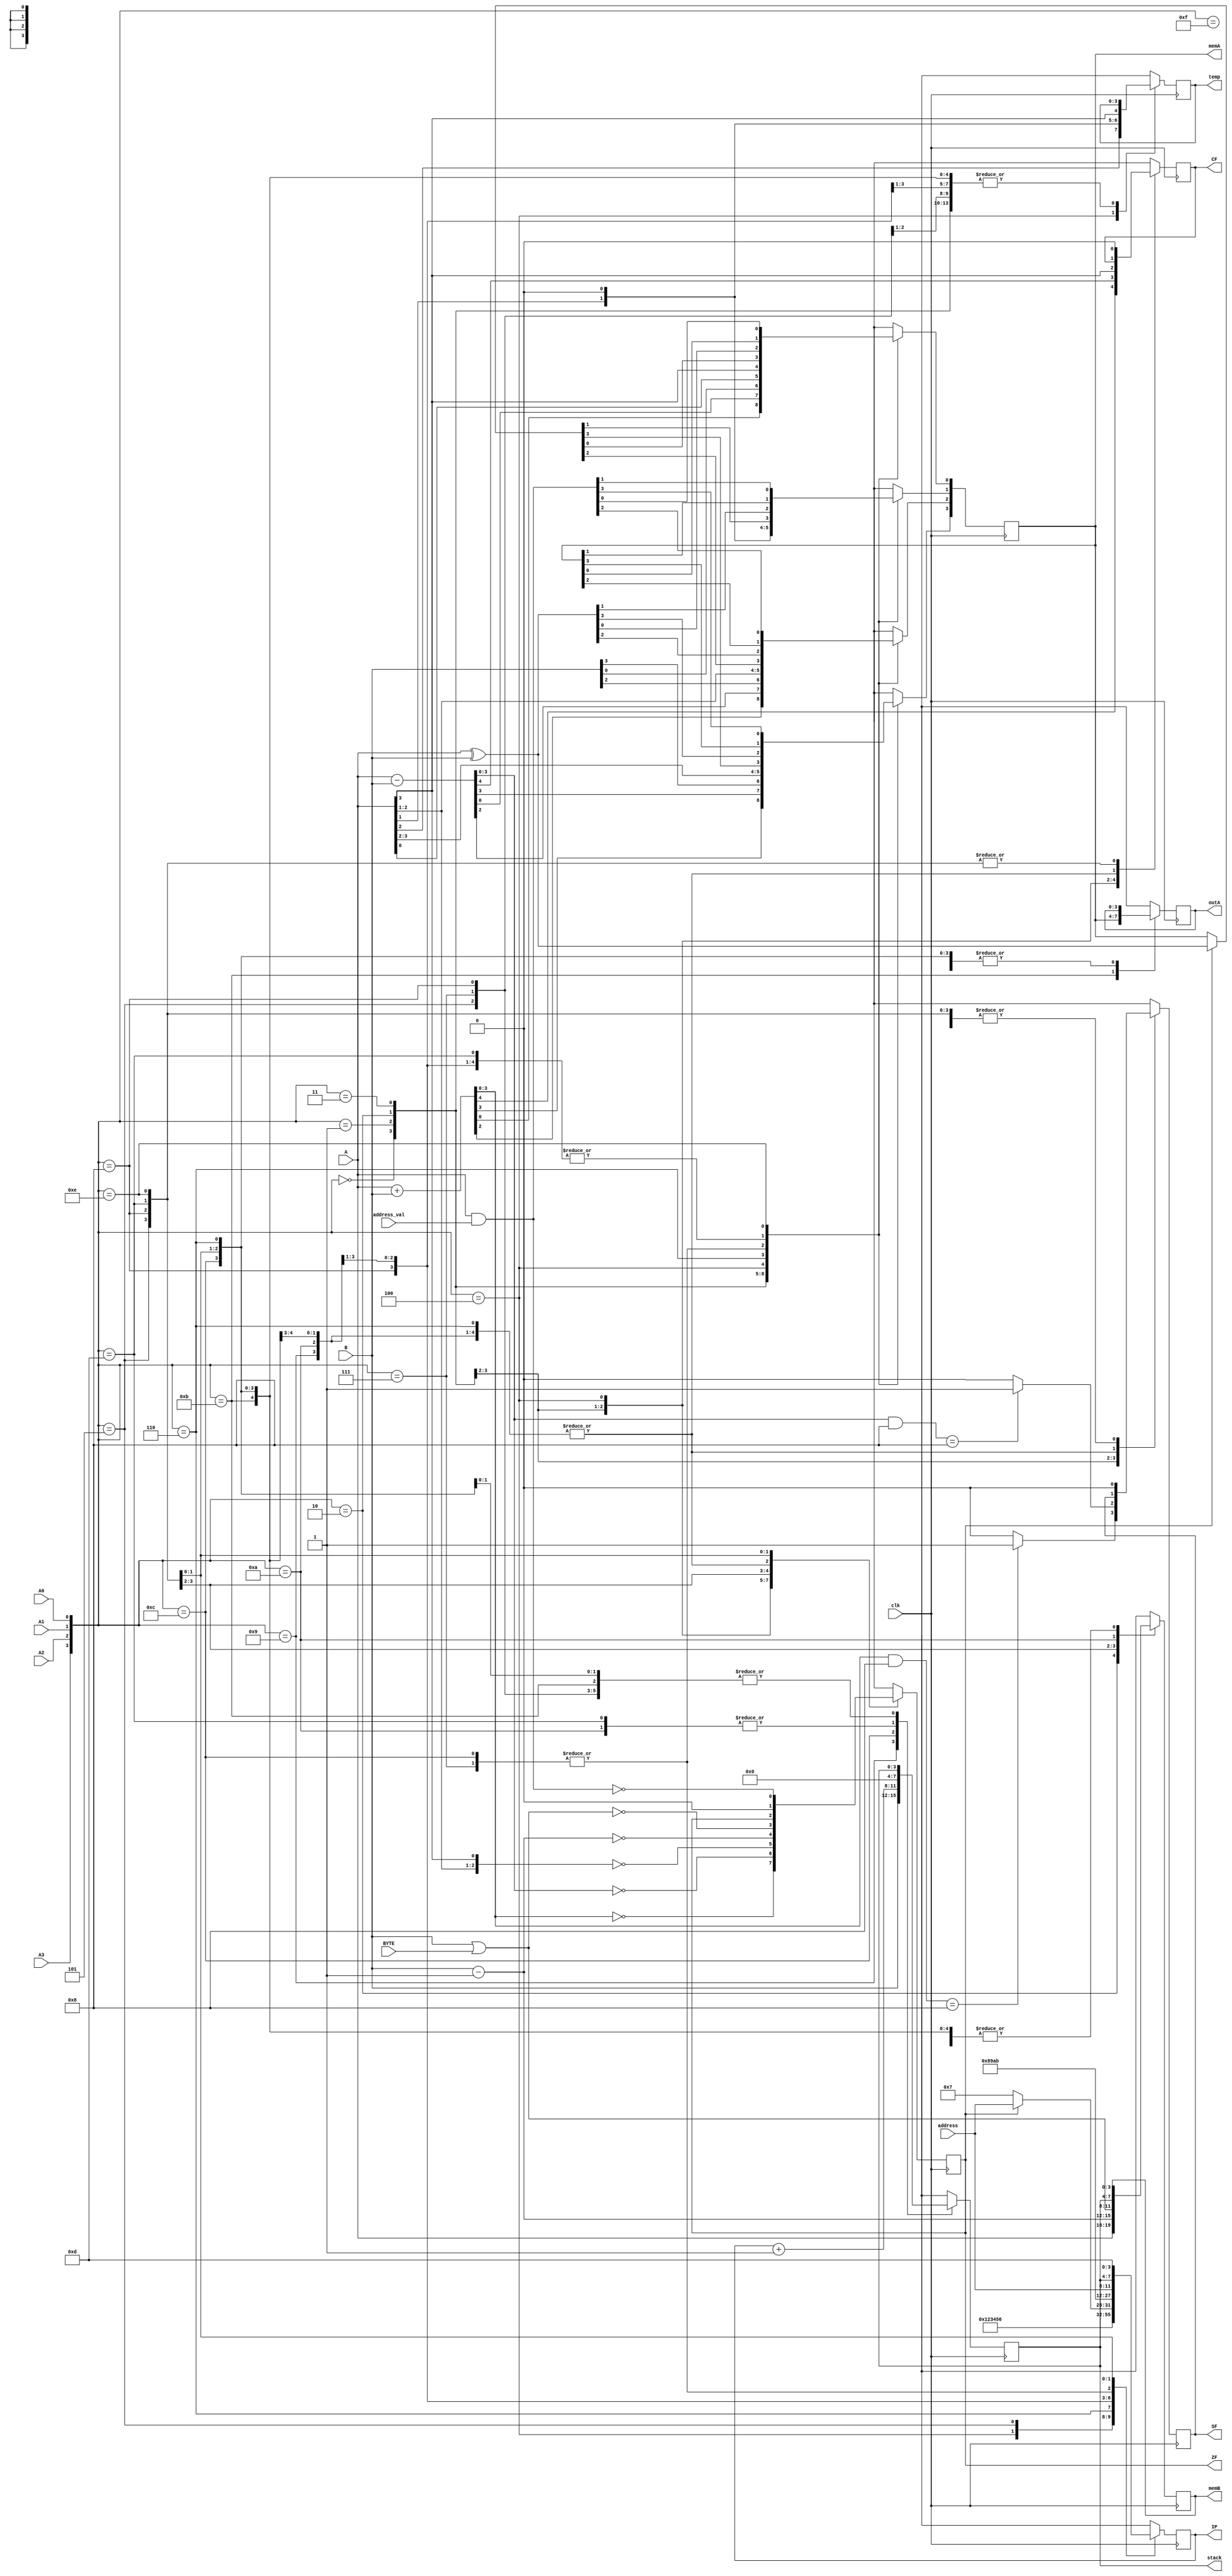
module Proj(A3,A2,A1,A0,clk,A,B,BYTE,address,address_val,stack,memA,memB,IP,outA,temp,ZF,CF,SF);


input A3,A2,A1,A0;
input clk;
input [3:0]A,B,BYTE;
input [3:0] address,address_val;
output reg [3:0]stack,memA,memB,IP,outA,temp;
output reg ZF,CF,SF;
integer i,j;


always @(posedge clk)
casex ({A3,A2,A1,A0})
  0: // Implementing addition command (instruction 1)
  begin
  {CF,memA}=A+B;
  ZF=(memA==0);
  if ((memA&4'b1000)==4'b1000)
     SF=1;
  else
     SF=0;
  IP=1;
  end
  
  1: // Implementing subtraction command (instruction 2)
  begin
  {CF,memA}=A-B;
  ZF=(memA==0);
  if ((memA&4'b1000)==4'b1000)
     SF=1;
  else
     SF=0;
  IP=2;
  end
  
  2: // Implementing exchange command (instruction 3)
  begin
  memB=A;
  memA=B;
  IP=3;
  end
  
  3:
  begin // Implementing In command (instruction 4)
  memA=A;
  IP=4;
  end
  
  4: // Implementing RCR command (instruction 5)
  begin
  CF=0;
  temp=A;
  for (j=2;j>=0;j=j-1)
  begin 
  for(i=3;i>=1;i=i-1)
  begin
  memA[i-1]=temp[i];
  end
  memA[3]=CF;
  CF=temp>>1;
  temp=memA;
  end
  IP=5;
  ZF=(memA==0);
  SF=0;
  end
  
  5: // Implementing decrement command (instruction 6)
  begin
  memB=B-1;
  IP=6;
  ZF=(memB==0);
  SF=0;
  CF=0;
  end
  
  6: //Implementing JZ command (instruction 7)
  begin
  if (ZF==1)
  begin
  IP=address;
  memA=A^B;
  end
  else
  IP=7;
  end
  
  7: //Implementing JMP command (instruction 8)
  begin
  IP=address;
  memA=A^B;
  end
  
  8: //Implemention OR command (instruction 9)
  begin
  memB=B|BYTE;
  IP=8;
  ZF=(memB==0);
  SF=0;
  CF=0;
  end
  
  9: //Implementing PUSH command(instruction 10)
  begin
  stack=B;
  IP=9;
  end
  
  10: //Implementing POP command(instruction 11)
  begin
  memB=stack;
  IP=10;
  stack=0;
  end
  
  11: //Implementing OUT command (instruction 12)
  begin
  outA=memA;
  IP=11;
  end
  
  12: //Implementing call command(instruction 13)
  begin
  stack=IP+1;
  IP=address;
  memA=A^B;
  end
  
  
  13: //Implementing ret command (instruction 14)
  begin
  IP=stack;
  stack=0;
  CF=0;
  SF=0;
  ZF=0;
  end
  
  14: //Implementing AND command (instruction 15)
  begin
  memA=A & address_val;
  IP=13;
  CF=0;
  SF=0;
  ZF=(memA==0);
  end
  
  15: // Implementing HLT command (instruction 16)
  begin
  stack=4'bxxxx;
  memA=4'bxxxx;
  memB=4'bxxxx;
  IP=4'bxxxx;
  outA=4'bxxxx;
  ZF=4'bxxxx;
  CF=4'bxxxx;
  SF=4'bxxxx;
  
  end
   
  endcase
  
endmodule